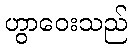
ဟွာဝေးသည်